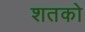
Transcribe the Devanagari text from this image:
शतको